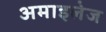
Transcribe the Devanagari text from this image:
अमाइलेज